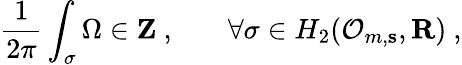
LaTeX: \frac 1{2\pi}\int_{\sigma}\Omega\in{\mathbf Z\ ,\qquad}\forall\sigma\in H_{2}({\cal O}_{m,{\mathbf s}},{\mathbf R})\ ,